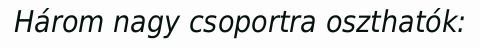
Három nagy csoportra oszthatók: